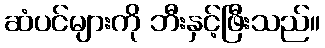
ဆံပင်များကို ဘီးနှင့်ဖြီးသည်။